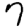
Digit: 7